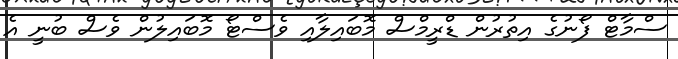
ސްމާޓް ފޯނުގެ އިތުރުން ޑްރީމްސް މޮބައިލާއި ވެސްޓޯ މޮބައިލުން ވެސް ބުނީ އެ